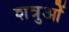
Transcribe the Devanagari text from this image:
शत्रुओें